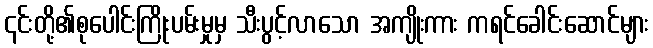
၎င်းတို့၏စုပေါင်းကြိုးပမ်းမှုမှ သီးပွင့်လာသော အကျိုးကား ကရင်ခေါင်းဆောင်များ